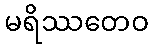
မရိဿတေဝ